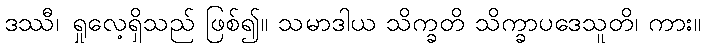
ဒဿီ၊ ရှုလေ့ရှိသည် ဖြစ်၍။ သမာဒါယ သိက္ခတိ သိက္ခာပဒေသူတိ၊ ကား။